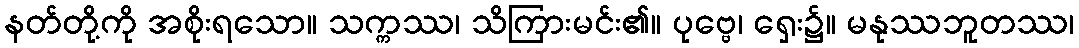
နတ်တို့ကို အစိုးရသော။ သက္ကဿ၊ သိကြားမင်း၏။ ပုဗ္ဗေ၊ ရှေး၌။ မနုဿဘူတဿ၊